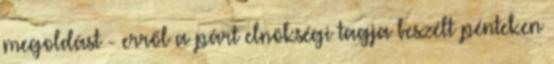
megoldást - erről a párt elnökségi tagja beszélt pénteken